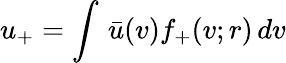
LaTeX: u_{+}=\int\, \bar{u}(v)f_{+}(v;r)\, dv